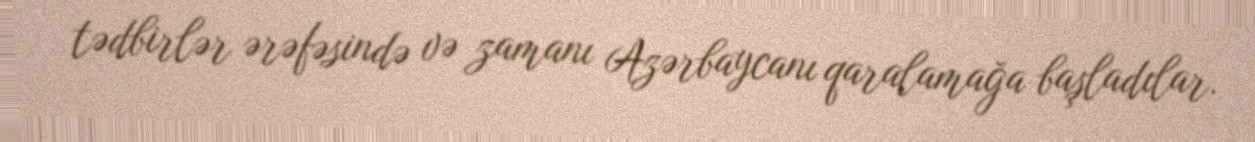
tədbirlər ərəfəsində və zamanı Azərbaycanı qaralamağa başladılar.